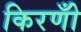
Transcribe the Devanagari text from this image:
किरणोँ